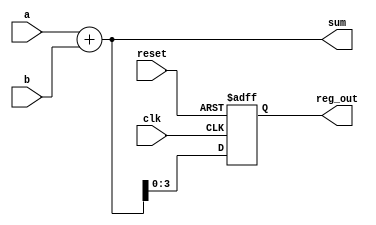
module example_logic (
    input wire clk,         // Clock input
    input wire reset,       // Reset input
    input wire [3:0] a,     // 4-bit input a
    input wire [3:0] b,     // 4-bit input b
    output reg [4:0] sum,   // 5-bit output for sum
    output reg [3:0] reg_out // 4-bit output for registered value
);

// Combinational Logic: Calculate the sum of a and b
always @* begin
    sum = a + b; // Continuous assignment of sum
end

// Sequential Logic: Registering the output on the rising edge of the clock
always @(posedge clk or posedge reset) begin
    if (reset) begin
        reg_out <= 4'b0000; // Reset the registered output to 0
    end else begin
        reg_out <= sum[3:0]; // Store the lower 4 bits of sum
    end
end

endmodule